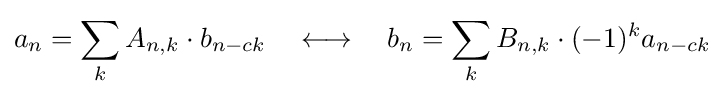
a_{n}=\sum _{k}A_{n,k}\cdot b_{n-ck}\quad \longleftrightarrow \quad b_{n}=\sum _{k}B_{n,k}\cdot (-1)^{k}a_{n-ck}